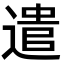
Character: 遣